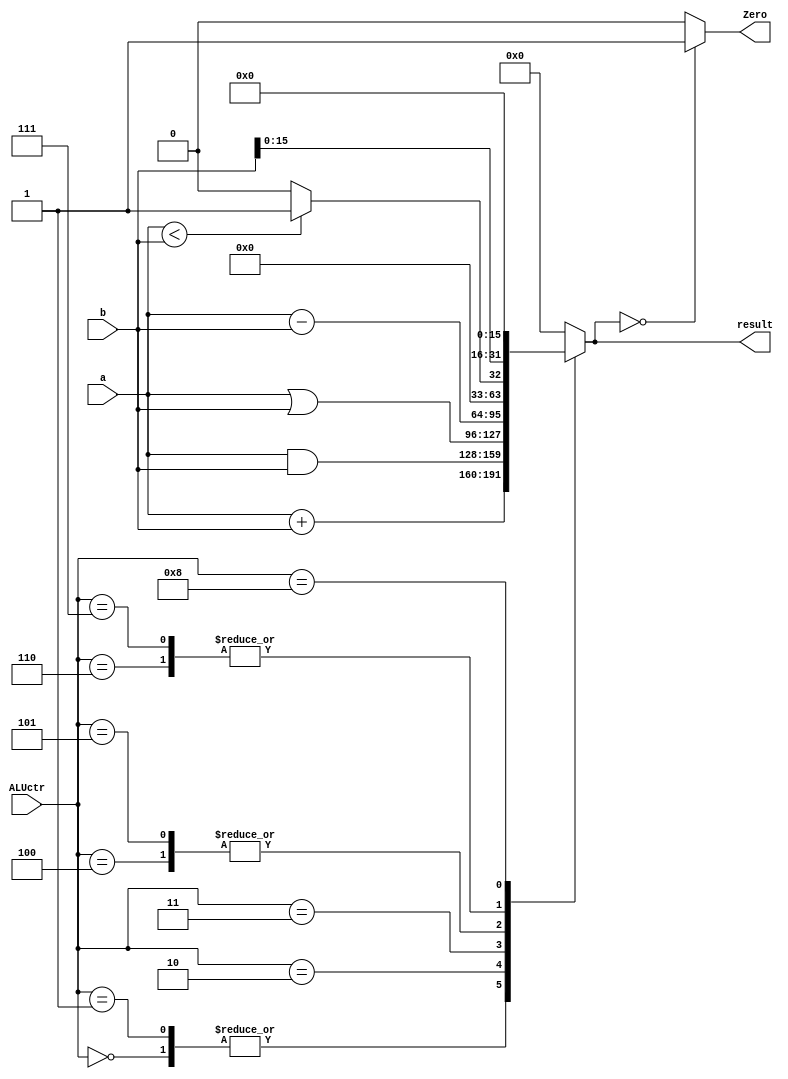
`timescale 1ns / 1ps
module alu(
    input [31:0] a,b,
    input [3:0] ALUctr,
    output Zero,
    output reg [31:0] result
    );
    
    assign Zero = (result == 0) ? 1 : 0;
    
    always @ ( ALUctr or a or b)
    begin
        case (ALUctr)
            4'b0000: result = a + b;     //addu   unsigned  not OverFlow
            4'b0001: result = a + b;     //add    overFlow
            4'b0010: result = a & b;     //and
            4'b0011: result = a | b;     //or
            4'b0100: result = a - b;     //subu
            4'b0101: result = a - b;     //sub
            4'b0110: result = a < b ? 1 : 0; //sltu
            4'b0111: result = a < b ? 1 : 0; //slt
            4'b1000: result = {b[15:0], 16'h0000};  //lui
            default: result = 0;
         endcase
     end
endmodule